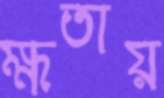
ক্ষতায়